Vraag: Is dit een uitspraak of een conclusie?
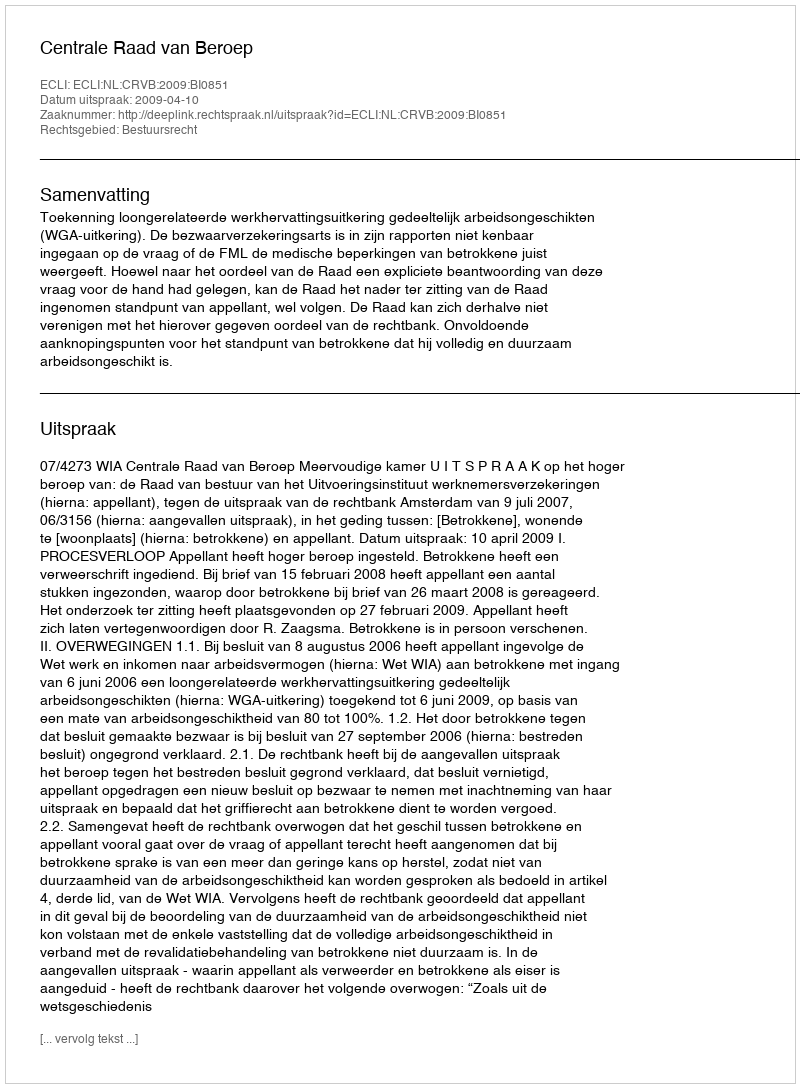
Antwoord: Uitspraak